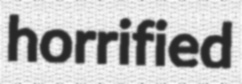
horrified